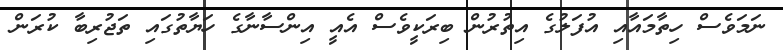
ނަމަވެސް ހިތާމައާއި އުފަލުގެ އިތުރުން ބިރަކީވެސް އެއީ އިންސާނާގެ ހަޔާތުގައި ތަޖުރިބާ ކުރަން